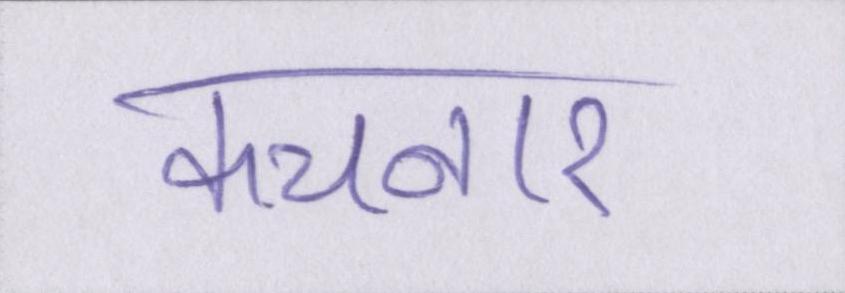
कचनार